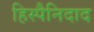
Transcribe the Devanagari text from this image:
हिस्पैनिदाद